Indian journal of veterinary science and animal husbandry - Volume 12,
Year: 1942
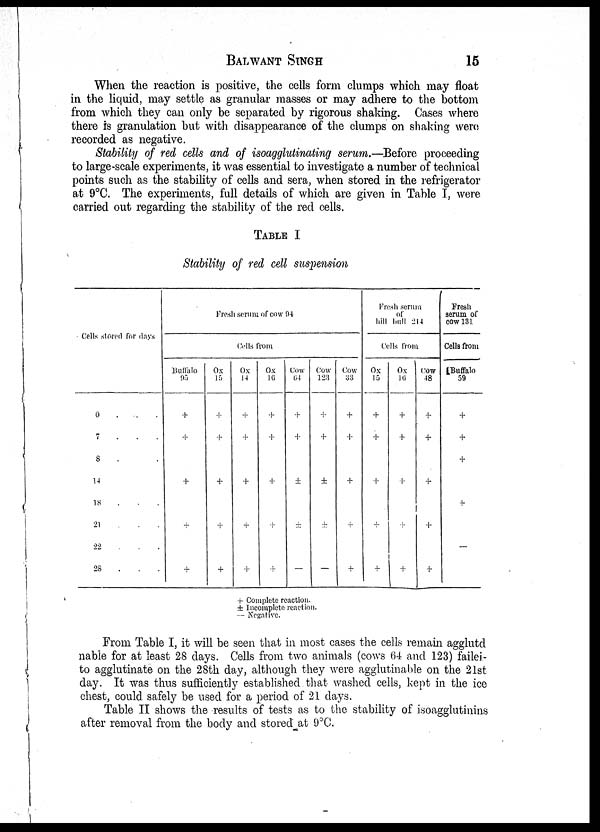
BALWANT
SINGH
15
When the reaction is positive, the cells form clumps which may float
in the liquid, may settle as granular masses or may adhere to the bottom
from which they can only be separated by rigorous shaking. Cases where
there is granulation but with disappearance of the clumps on shaking were
recorded as negative.
Stability of red cells and of isoagglutinating serum.—Before proceeding
to large-scale experiments, it was essential to investigate a number of technical
points such as the stability of cells and sera, when stored in the refrigerator
at 9°C. The experiments, full details of which are given in Table I, were
carried out regarding the stability of the red cells.
TABLE I
Stability of red cell suspension
Cells stored for days
0 . . .
7 . . .
8 . . .
14 . . .
18 . . .
21 . . .
22 . . .
28 . . .
Fresh serum of cow 94
Cells from
Buffalo
95
+
+
+
+
+
Ox
15
+
+
+
+
+
Ox
14
+
+
+
+
+
Ox
16
+
+
+
+
+
Cow
64
+
+
±
+
—
Cow
123
+
+
±
±
—
Cow
33
+
+
+
±
+
Fresh serum
of
hill bull 214
Cells
from
Ox
15
+
+
+
+
+
Ox
16
+
+
+
+
+
COW
48
+
+
+
+
+
Fresh
serum of
cow 131
Cells from
Buffalo
59
+
+
+
+
—
+ Complete reaction.
± Incomplete reaction.
— Negative.
From Table I, it will be seen that in most cases the cells remain agglutd
nable for at least 28 days. Cells from two animals (cows 64 and 123) failei¬
to agglutinate on the 28th day, although they were agglutinable on the 21st
day. It was thus sufficiently established that washed cells, kept in the ice
chest, could safely be used for a period of 21 days.
Table II shows the results of tests as to the stability of isoagglutinins
after removal from the body and stored at 9°C.